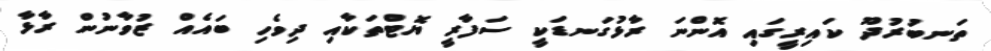
ތަނބުރުދޫ ކައިރީގައި އޮންނަ ރާޅުގަނޑަކީ ސަފާރީ ޔޮޓްތަކާއި ދިވެހި ބައެއް ޒުވާނުން ރާޅާ